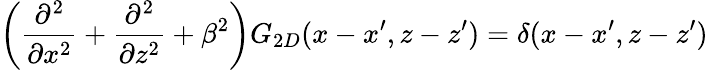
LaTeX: \left(\frac{\partial^{2}}{\partial x^{2}}+\frac{\partial^{2}}{\partial z^{2}}+\beta^{2}\right)G_{2D}(x-x^{\prime},z-z^{\prime})=\delta(x-x^{\prime},z-z^{\prime})